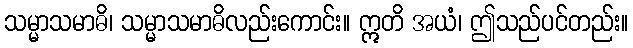
သမ္မာသမာဓိ၊ သမ္မာသမာဓိလည်းကောင်း။ ဣတိ အယံ၊ ဤသည်ပင်တည်း။